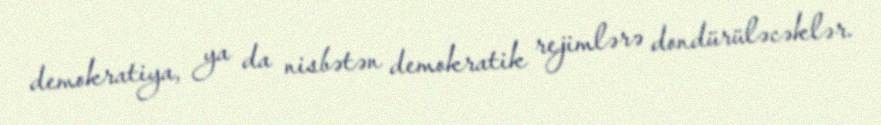
demokratiya, ya da nisbətən demokratik rejimlərə dondürüləcəklər.